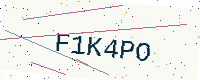
Text: F1K4PO